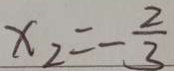
x _ { 2 } = - \frac { 2 } { 3 }